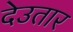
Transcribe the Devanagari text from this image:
देउतार